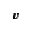
\pmb { v }